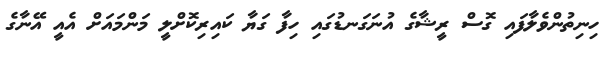
ހިނިތުންވެލާފައި ގޮސް ރީޝާގެ އުނަގަނޑުގައި ހިފާ ގަޔާ ކައިރިކޮށްލީ މަންމައަށް އެއީ އޭނާގެ